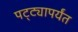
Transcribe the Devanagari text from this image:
पट्‍ट्यापर्यंत